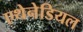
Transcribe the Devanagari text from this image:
एथेनेडियल